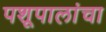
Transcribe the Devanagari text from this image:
पशूपालांचा